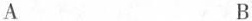
A B